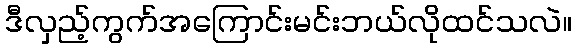
ဒီလှည့်ကွက်အကြောင်းမင်းဘယ်လိုထင်သလဲ။